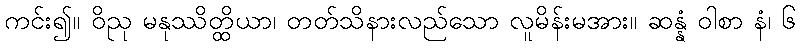
ကင်း၍။ ဝိညု မနုဿိတ္ထိယာ၊ တတ်သိနားလည်သော လူမိန်းမအား။ ဆန္နံ ဝါစာ နံ၊ ၆